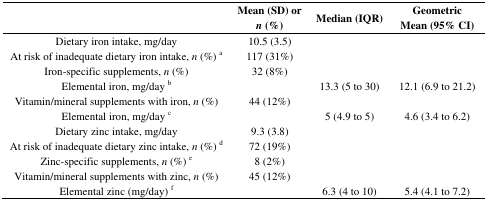
|  | Mean (SD) or n (%) | Median (IQR) | Geometric Mean (95% CI) |
 | --- | --- | --- | --- |
 | Dietary iron intake, mg/day | 10.5 (3.5) |  |  |
 | At risk of inadequate dietary iron intake, n (%) a | 117 (31%) |  |  |
 | Iron-specific supplements, n (%) | 32 (8%) |  |  |
 | Elemental iron, mg/day b |  | 13.3 (5 to 30) | 12.1 (6.9 to 21.2) |
 | Vitamin/mineral supplements with iron, n (%) | 44 (12%) |  |  |
 | Elemental iron, mg/day c |  | 5 (4.9 to 5) | 4.6 (3.4 to 6.2) |
 | Dietary zinc intake, mg/day | 9.3 (3.8) |  |  |
 | At risk of inadequate dietary zinc intake, n (%) d | 72 (19%) |  |  |
 | Zinc-specific supplements, n (%) e | 8 (2%) |  |  |
 | Vitamin/mineral supplements with zinc, n (%) | 45 (12%) |  |  |
 | Elemental zinc (mg/day) f |  | 6.3 (4 to 10) | 5.4 (4.1 to 7.2) |